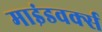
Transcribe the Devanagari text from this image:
माइंडवर्क्स